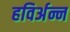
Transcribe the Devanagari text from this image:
हविर्अन्न